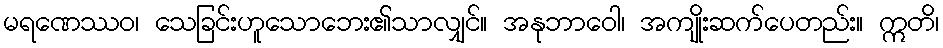
မရဏေဿဝ၊ သေခြင်းဟူသောဘေး၏သာလျှင်။ အနုဘာဝေါ၊ အကျိုးဆက်ပေတည်း။ ဣတိ၊